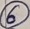
Text: 6